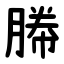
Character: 幐